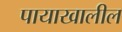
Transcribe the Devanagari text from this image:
पायाखालील